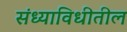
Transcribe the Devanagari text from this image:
संध्याविधीतील